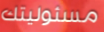
مسئوليتك